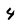
Character: 4